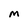
Character: M